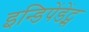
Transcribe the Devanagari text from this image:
इन्डिपेंडेंट्स